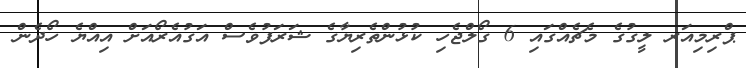
ޕްރިމިއަރ ލީގުގެ މެޗެއްގައި 6 ގޯލްޖެހި ކުޅުންތެރިޔާގެ ޝަރަފުވެސް އަގުއެރޯއަށް އިއްޔެ ހޯދެން